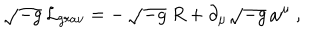
\sqrt { - g } \, { \cal L } _ { g r a v } = - \, \sqrt { - g } \ R + \partial _ { \mu } \sqrt { - g } \, \omega ^ { \mu } \ ,